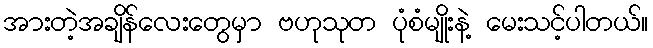
အားတဲ့အချိန်လေးတွေမှာ ဗဟုသုတ ပုံစံမျိုးနဲ့ မေးသင့်ပါတယ်။